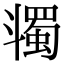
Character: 𣂌